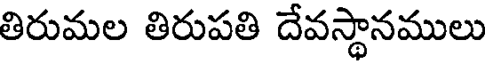
తిరుమల తిరుపతి దేవస్థానములు